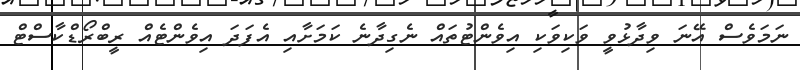
ނަމަވެސް އޭނަ ވިދާޅުވީ ވަކިވަކި އިވެންޓުތައް ނެގިދާނެ ކަމަށާއި އެފަދަ އިވެންޓެއް ރީބްރޯޑްކާސްޓް